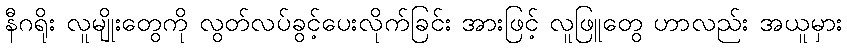
နီဂရိုး လူမျိုးတွေကို လွတ်လပ်ခွင့်ပေးလိုက်ခြင်း အားဖြင့် လူဖြူတွေ ဟာလည်း အယူမှား